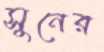
সুনের